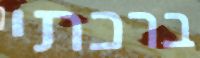
ברכתי